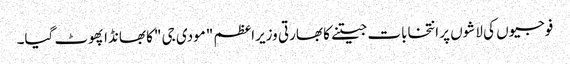
فوجیوں کی لاشوں پر انتخابات جیتنے کا بھارتی وزیراعظم "مودی جی "کا بھانڈا پھوٹ گیا۔